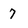
Character: 7